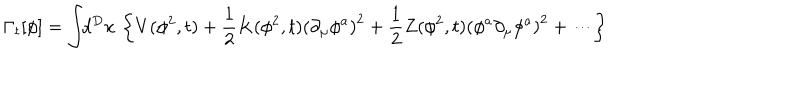
\Gamma _ { t } [ \phi ] = \int \! \! d ^ { D } x \, \left\{ V ( \phi ^ { 2 } , t ) + \frac { 1 } { 2 } K ( \phi ^ { 2 } , t ) \left( \partial _ { \mu } \phi ^ { a } \right) ^ { 2 } + \frac { 1 } { 2 } Z ( \phi ^ { 2 } , t ) \left( \phi ^ { a } \partial _ { \mu } \phi ^ { a } \right) ^ { 2 } + \cdots \right\}